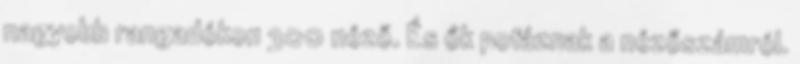
nagyobb rangadókon 300 néző. És ők pofáznak a nézőszámról.